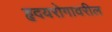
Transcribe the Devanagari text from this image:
हृदयरोगावरील